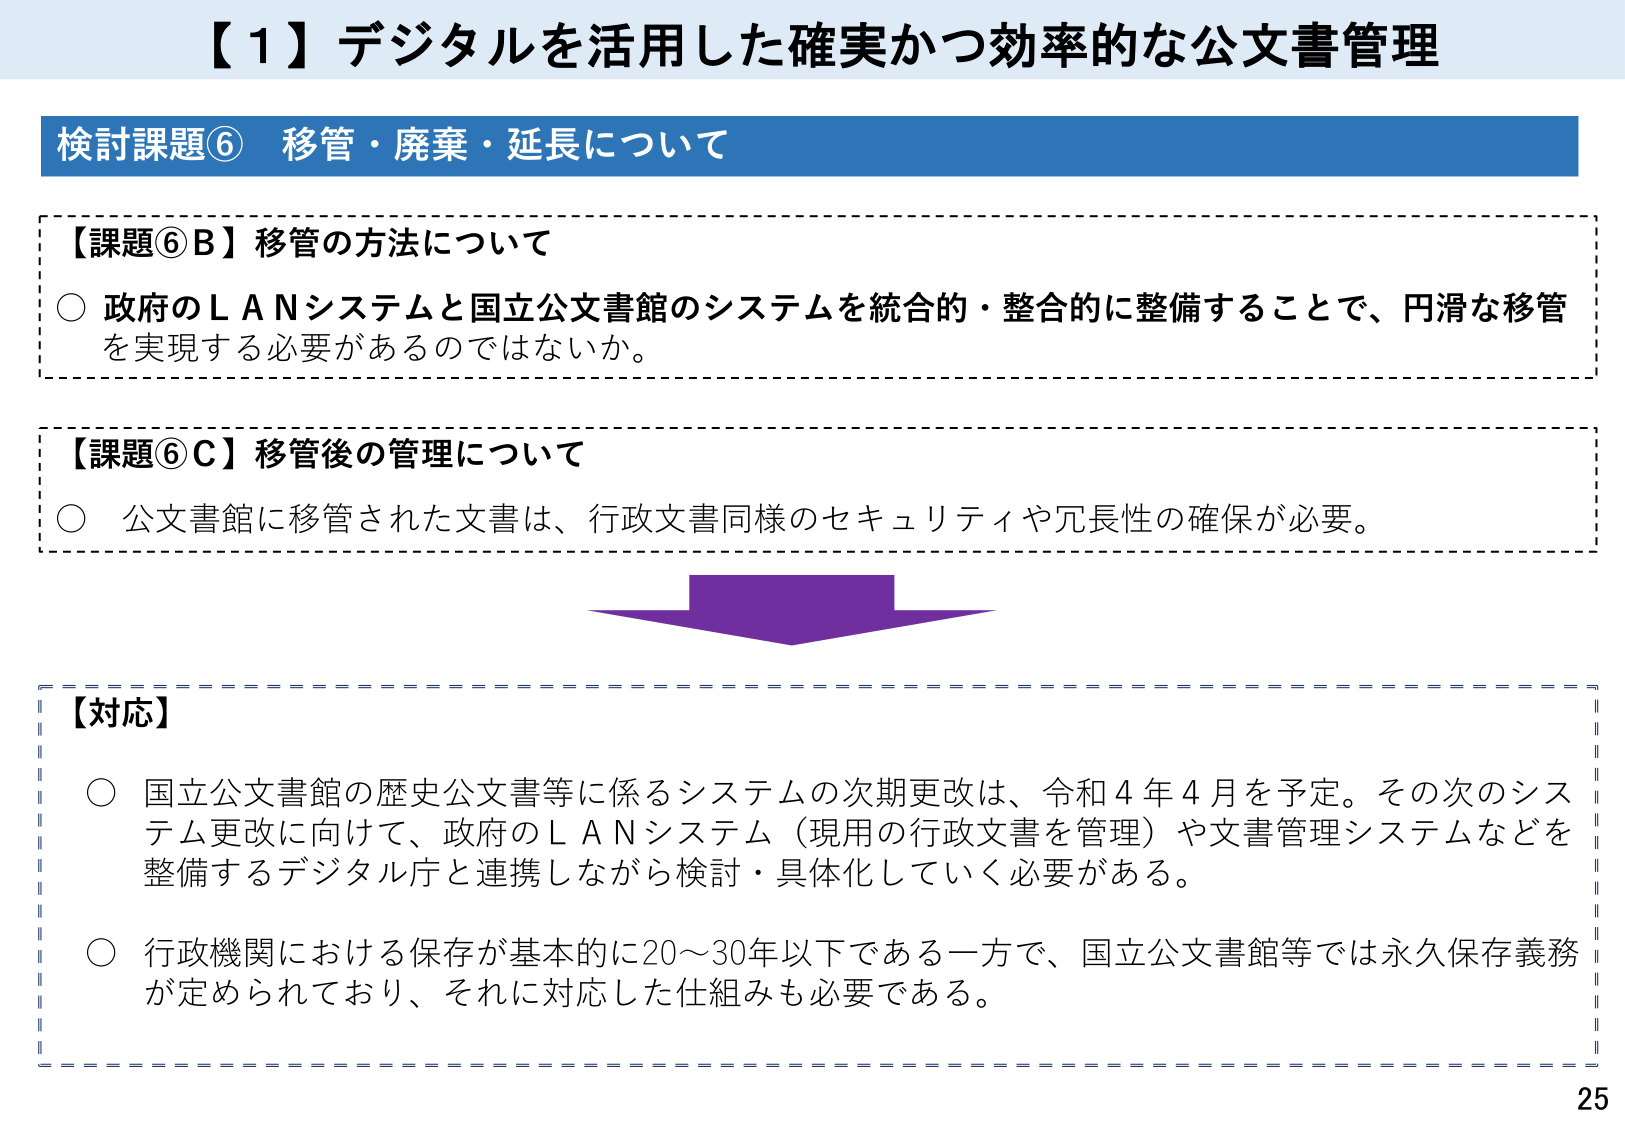
【１】デジタルを活用した確実かつ効率的な公文書管理

検討課題⑥ 移管・廃棄・延長について

【課題⑥B】移管の方法について
○ 政府のＬＡＮシステムと国立公文書館のシステムを統合的・整合的に整備することで、円滑な移管を実現する必要があるのではないか。

【課題⑥C】移管後の管理について
○ 公文書館に移管された文書は、行政文書同様のセキュリティや冗長性の確保が必要。

【対応】
○ 国立公文書館の歴史公文書等に係るシステムの次期更改は、令和４年４月を予定。その次のシステム更改に向けて、政府のＬＡＮシステム（現用の行政文書を管理）や文書管理システムなどを整備するデジタル庁と連携しながら検討・具体化していく必要がある。
○ 行政機関における保存が基本的に20～30年以下である一方で、国立公文書館等では永久保存義務が定められており、それに対応した仕組みも必要である。

25